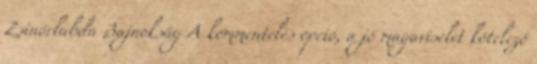
Zsinórlabda Bajnokság A kommentelés opció, a jó magaviselet kötelező